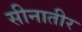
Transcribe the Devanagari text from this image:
सीनातीर